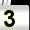
Digit: 3